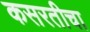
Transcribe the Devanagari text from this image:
कसरतीचा